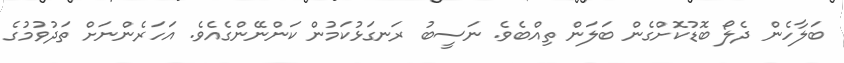
ބަލާހެން ދެލޯ ބޮޑުކޮށްގެން ބަލަން ތިއްބެވެ. ނަސީބު ރަނގަޅުކަމުން ކަންނޭންގެއެވެ. އަހަރެންނަށް ތަދުވުމުގެ